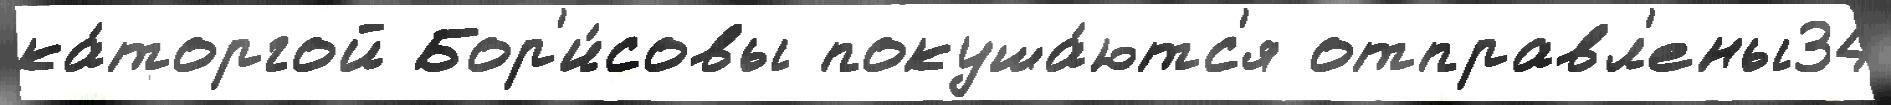
ка́торгой Бор'и́совы покуша́ютс'я отправл'ены34